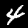
Digit: 4